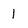
Character: 1